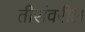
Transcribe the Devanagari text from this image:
तीरांवरील